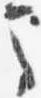
馬